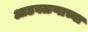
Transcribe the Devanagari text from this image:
आडवळणाच्या